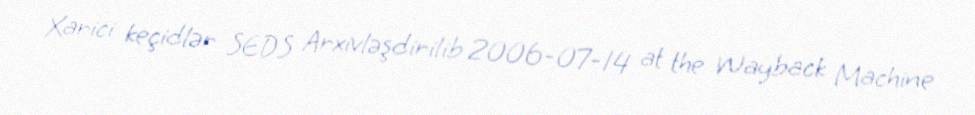
Xarici keçidlər SEDS Arxivləşdirilib 2006-07-14 at the Wayback Machine